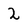
Character: 2